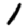
Digit: 1